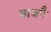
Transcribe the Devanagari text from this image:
बाजपै